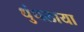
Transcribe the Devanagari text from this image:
धुंधलाया